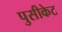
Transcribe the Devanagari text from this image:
पुसीकेट